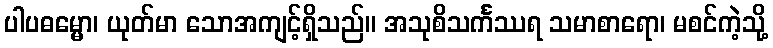
ပါပဓမ္မော၊ ယုတ်မာ သောအကျင့်ရှိသည်။ အသုစိသင်္ကဿရ သမာစာရော၊ မစင်ကဲ့သို့